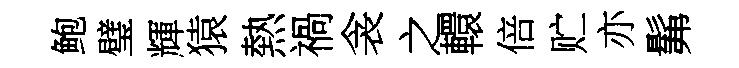
鲍璧輝猿熱禍衾之轘倍贮亦髴